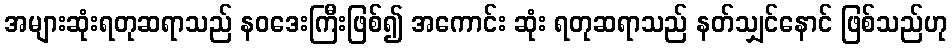
အများဆုံးရတုဆရာသည် နဝဒေးကြီးဖြစ်၍ အကောင်း ဆုံး ရတုဆရာသည် နတ်သျှင်နောင် ဖြစ်သည်ဟု